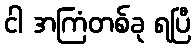
ငါ အကြံတစ်ခု ရပြီ